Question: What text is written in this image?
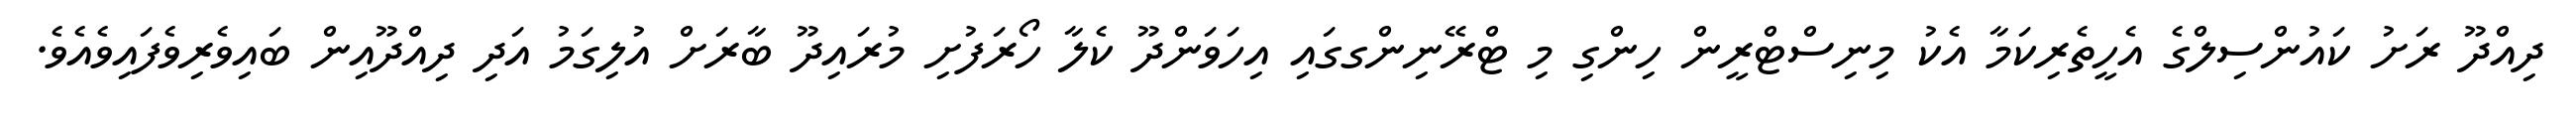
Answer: ދިއްދޫ ރަށު ކައުންސިލްގެ އެހީތެރިކަމާ އެކު މިނިސްޓްރީން ހިންގި މި ޓްރޭނިންގގައި އިހަވަންދޫ ކެލާ ހޯރަފުށި މުރައިދޫ ބާރަށް އުލިގަމު އަދި ދިއްދޫއިން ބައިވެރިވެފައިވެއެވެ.